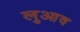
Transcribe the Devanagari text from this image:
लुआव